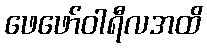
ဖေဖော်ဝါရီလအထိ